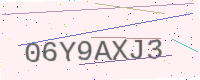
Text: 06Y9AXJ3